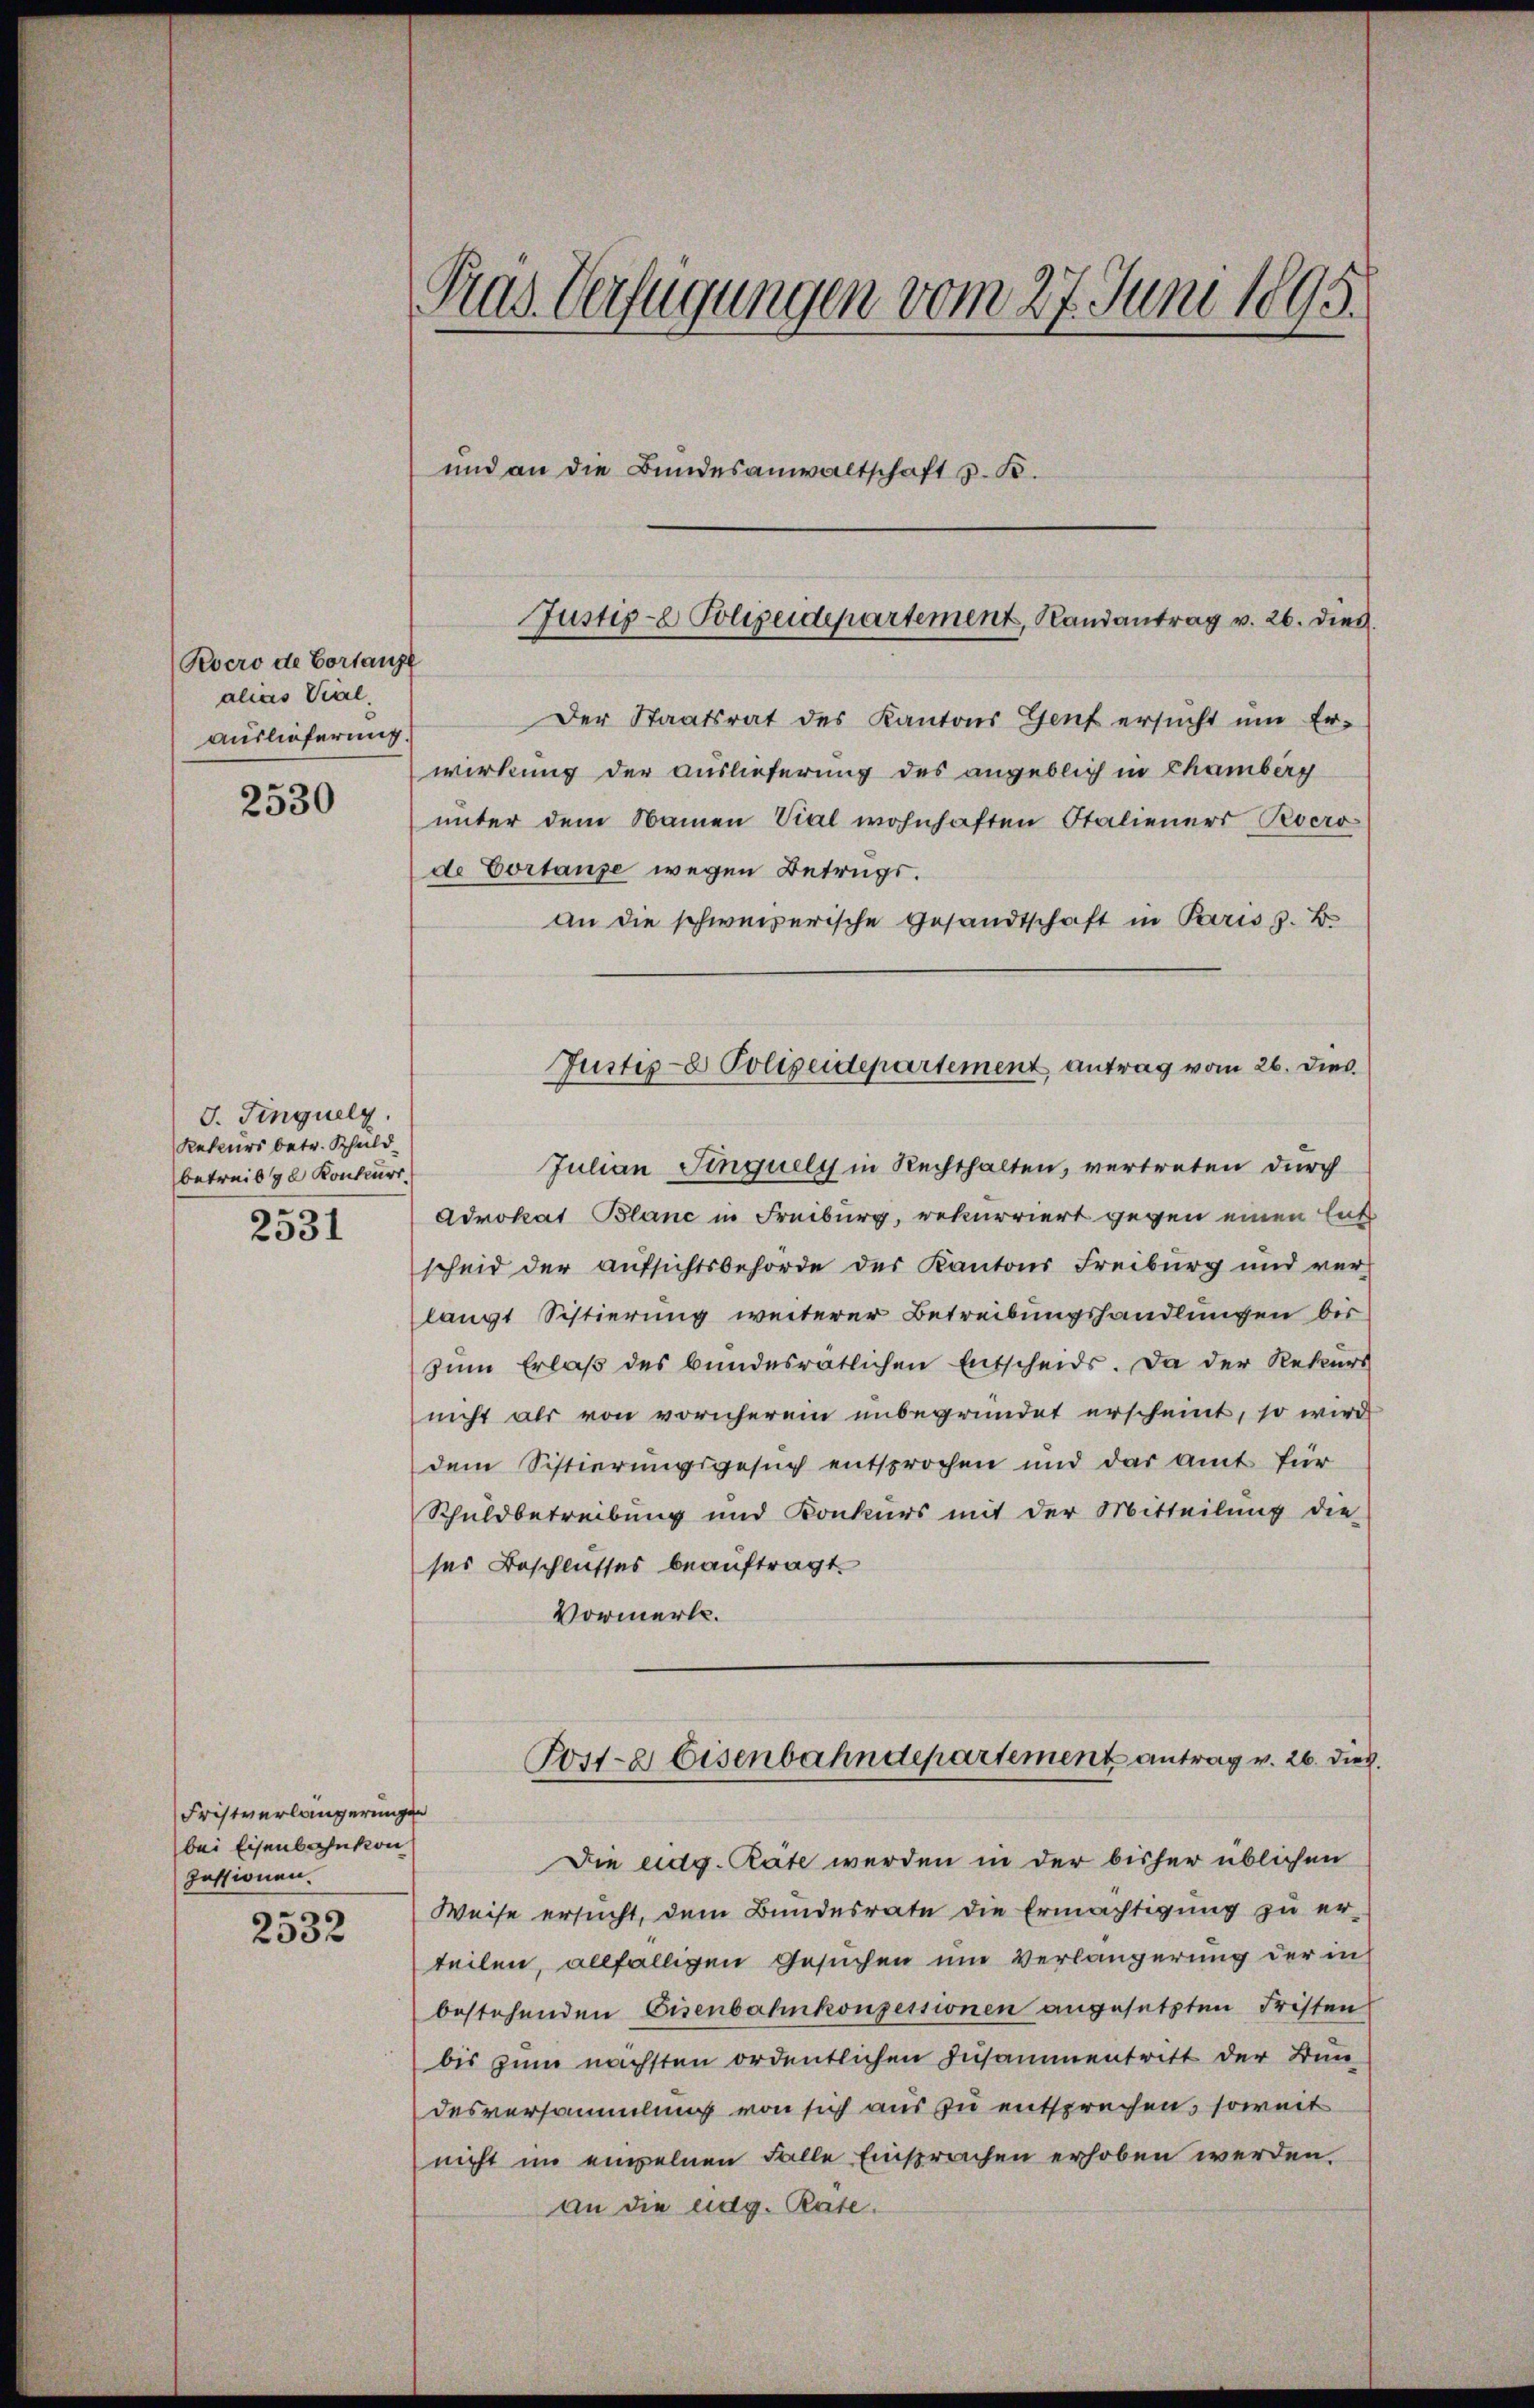
Revero de Cortanzl
alias Viel
auslieferung.
2530

J. Finguely.
Rekurs betr. Schuld
betreibe Konkurr
2531

Fristverlängerungen
bei Eisenbahnkon
zessionen.

2532

Pras. Verfügungen vom 27. Juni 1895.
und an die Bundesanwaltschaft z. B.

Justiz- & Polizeidepartement, Randantrag v. 26. dies

Der Staatsrat des Kantons Genf ersŭcht ŭm Er-
wirkung der Auslieferung des angeblich in Chamberg
unter dem Namen Vial wohnhaften Italieners Pero
de Vortause wegen Betrugs.
an die schweizerische Gesandtschaft in Paris z. B.
Julian Sinquels in Rechthalten, vertreten durch
Advokat Blanc in Freiburg, rekurriert gegen einen Ent
scheid der Aufsichtsbehörde des Kantons Freiburg und ver-
langt Sistierung weiterer Betreibungshandlungen bis
zum Erlaß des bundesrätlichen Entscheids. Da der Rekurs
nicht als von vornherein unbegründet erscheint, so wird
dem Sistierungsgesuch entsprochen und das Amt für
Schuldbetreibung und Konkurs mit der Mitteilŭng die-
ses Beschlusses beauftragt.
Vormerk.
Post- & Eisenbahndepartement antrag v. 26. dies
Die eidg. Rate werden in der bisher üblichen
Weise ersucht, dem Bundesrate die Ermächtigung zu erteilen, allfälligen Gesuchen um Verlängerung der in
bestehenden Eisenbahnkonzessionen angesetzten Fristen
bis zum nächsten ordentlichen Zusammentritt der Bun-
desversammlung von sich aus zu entsprechen, soweit
nicht im einzelnen Falle Einsprachen erhoben werden.
An die eidg. Rate.

Justiz- & Polizeidepartement antrag vom 26. dies